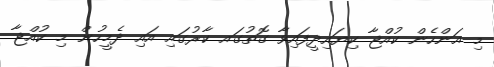
މި އަންހެން ކުއްޖާ ކިޔައިދީފައިވާ ގޮތުގައ ކާރުގައި އައި ދެމީހުން މި ކުއްޖާ